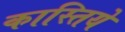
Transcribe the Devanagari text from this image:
कास्तिये